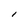
Character: l